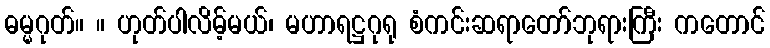
ဓမ္မဂုတ်။ ။ ဟုတ်ပါလိမ့်မယ်၊ မဟာရဋ္ဌဂုရု စံကင်းဆရာတော်ဘုရားကြီး ကတောင်